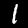
Label: 1